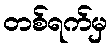
တစ်ရက်မှ